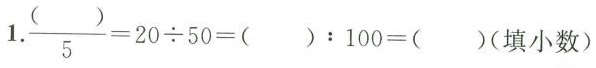
1. $$\frac { ( ) } { 5 } = 2 0 \div 5 0 = ( ) : 1 0 0 = ( )$$(填小数)